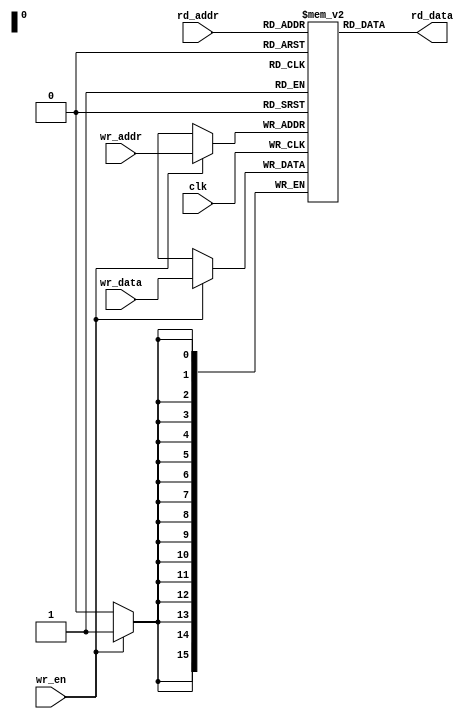
module ram(
    input clk,
    input wr_en,
    input [15:0] rd_addr,
    input [15:0] wr_addr,
    input [15:0] wr_data,
    output [15:0] rd_data
);

    reg [15:0] ramFile [2**15:0];

    assign rd_data = ramFile[rd_addr];

    always @(posedge clk) begin
        if(wr_en == 1'b1) begin
            ramFile[wr_addr] <= wr_data;
        end
    end

endmodule